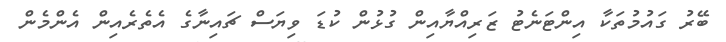
ބޭރު ގައުމުތަކާ އިންޓަނެޓު ޒަރިއްޔާއިން ގުޅުން ކުޑަ ވިޔަސް ޗައިނާގެ އެތެރެއިން އެންމެން